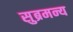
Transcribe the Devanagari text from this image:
सुब्रमन्य